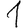
Digit: 1